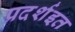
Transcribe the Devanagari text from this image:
प्रदर्शइत